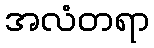
အလံတရာ